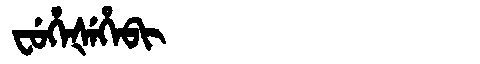
Manchu: ᠸᡠᡥᡝᡧᡝᡥᡝᠪᡳ
Romanization: FUHEŠEHEBI